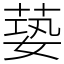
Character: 蒆